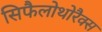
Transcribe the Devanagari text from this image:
सिफैलोथोरैक्स